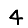
Digit: 4